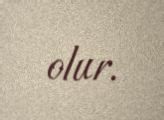
olur.